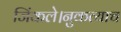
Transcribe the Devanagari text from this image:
जिंकले।नुकत्याच